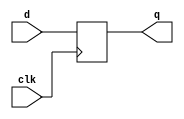
// This program was cloned from: https://github.com/Aryavardhan37/Verilog_codes
// License: MIT License

module d_flip_flop(input d, input clk, output reg q);
    always @(posedge clk)
        q <= d;
endmodule

module t_flip_flop(input t, input clk, output wire q);
    reg q_d;
    initial begin
        q_d = 0;
    end
    always @(posedge clk)
        q_d <= (q_d ^ t);
    assign q = q_d;
endmodule